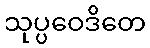
သုပ္ပဝေဒိတေ